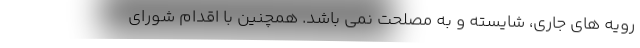
رویه های جاری، شایسته و به مصلحت نمی باشد. همچنین با اقدام شورای